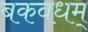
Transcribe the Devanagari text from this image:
बकवधम्